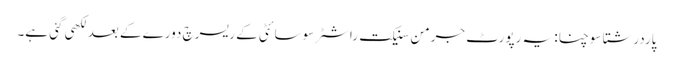
پاردرشتا سوچنا: یہ رپورٹ جرمن سنیکت راشٹر سوسائٹی کے ریسرچ دورے کے بعد لکھی گئی ہے۔